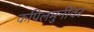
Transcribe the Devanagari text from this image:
कपिलमुनींवर